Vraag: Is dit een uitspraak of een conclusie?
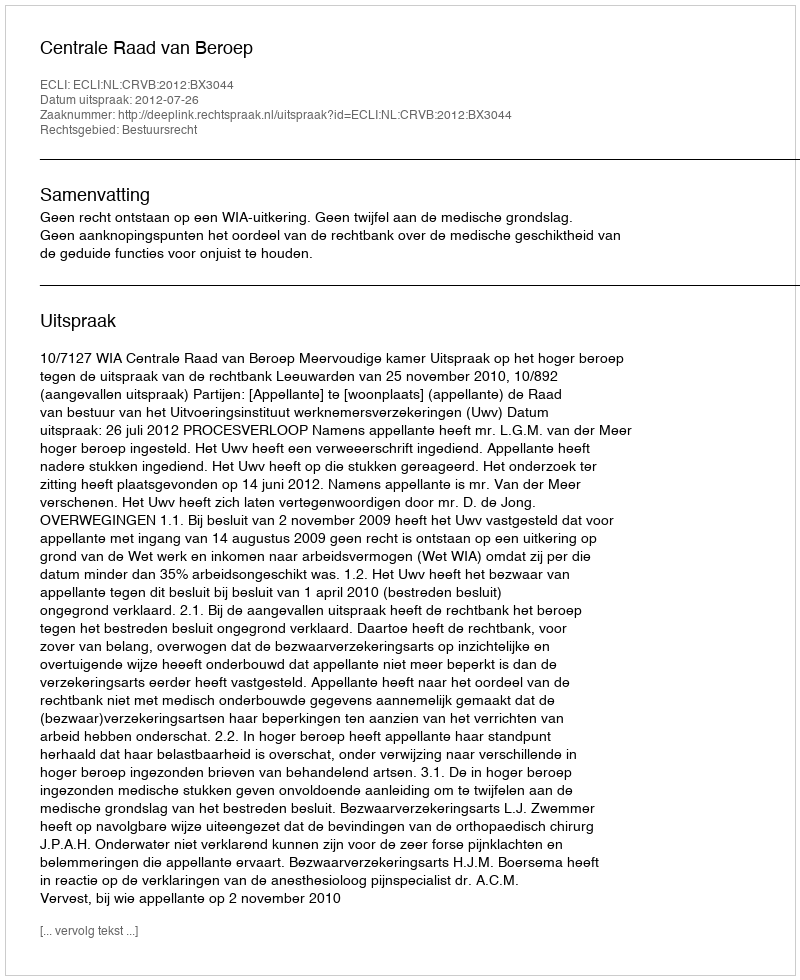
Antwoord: Uitspraak